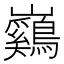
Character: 𡿙